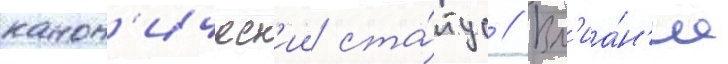
канон'ическ'ии ста́тус // Вл'иа́н'ие